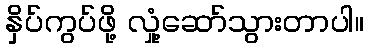
နှိပ်ကွပ်ဖို့ လှုံ့ဆော်သွားတာပါ။